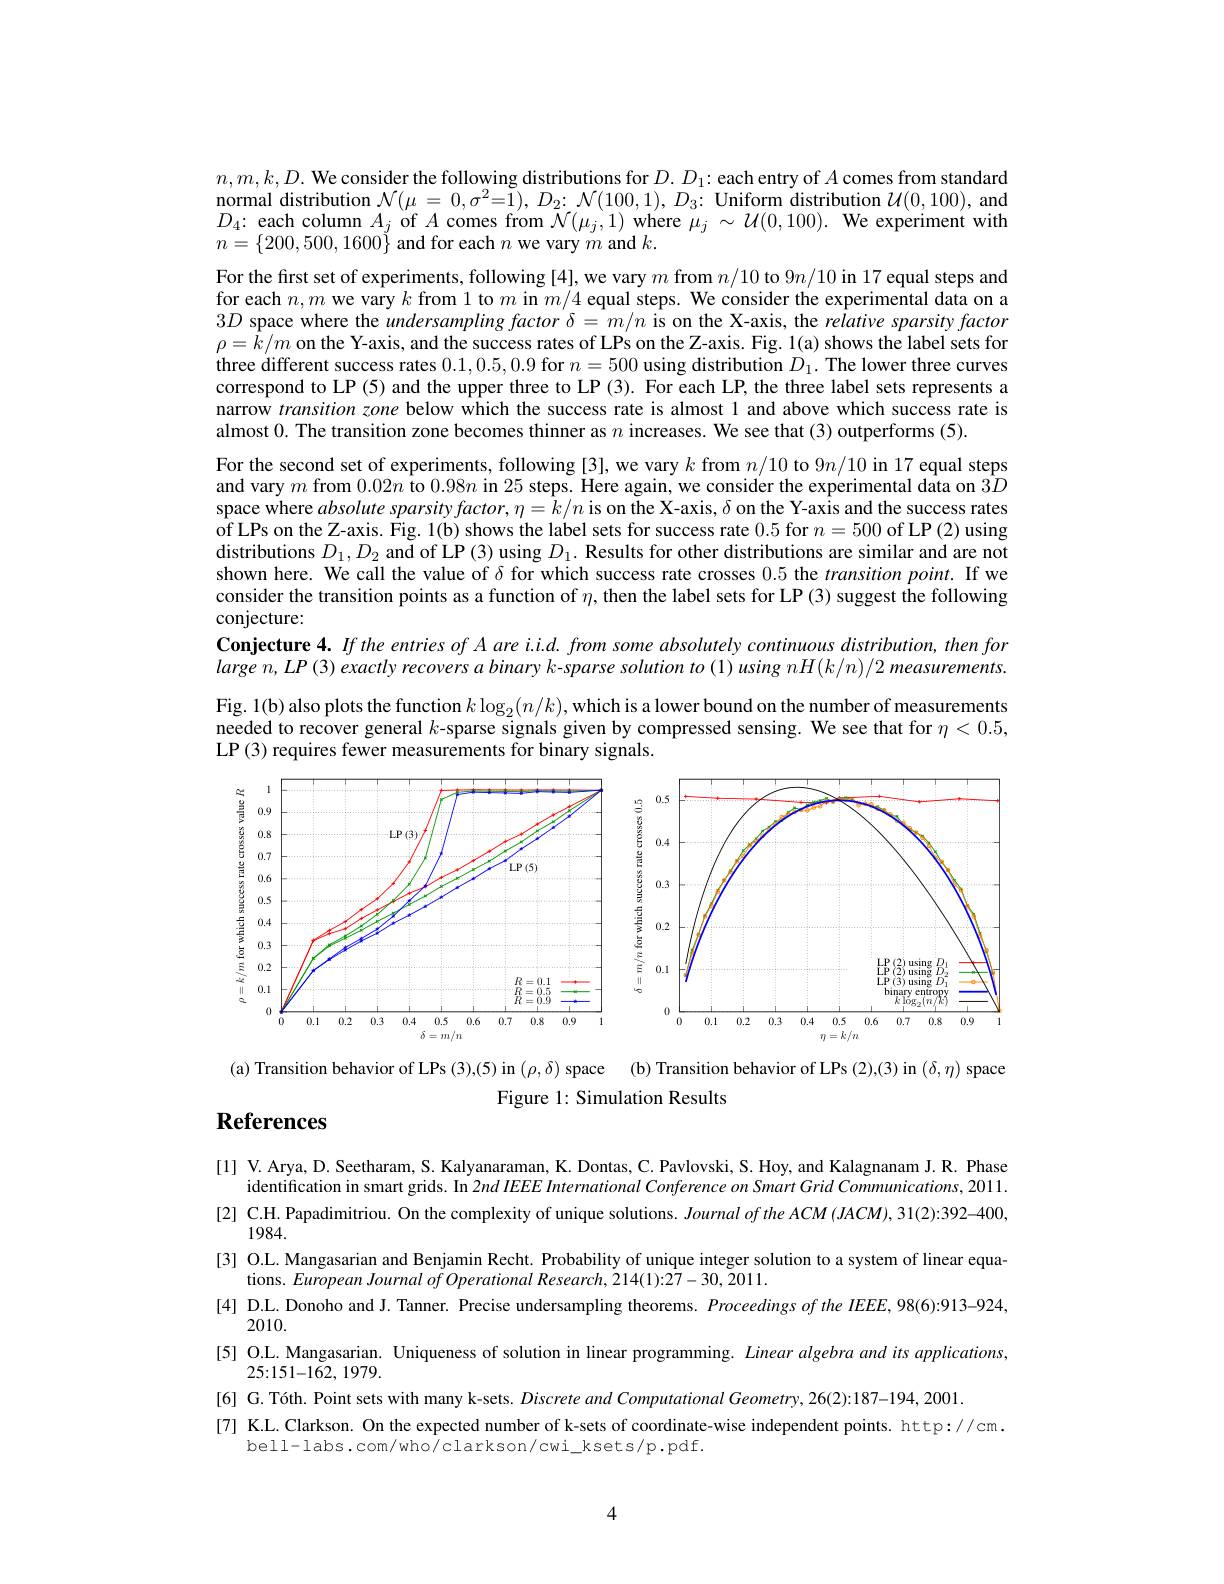
$n,m,k,D.$ We consider the following distributions for $D.D_1:$ each entry of $A$ comes from standard $\begin{array}{c}{\mathrm{normal~distribution~}\mathcal{N}(\mu=0,\sigma^{2}{=}\tilde{1}),\:D_{2}{:}\:\mathcal{N}(100,1),\:D_{3}{:}\:\text{Uniform }\dot{\text{distribution }}\mathcal{U}(0,100),\:\mathrm{and}}\\{\mathrm{normal~distribution~}\mathcal{N}(\mu=0,\sigma^{2}{=}\tilde{1}),\:D_{2}{:}\:\mathcal{N}(100,1),\:D_{3}{:}\:\text{Uniform }\dot{\text{dist}}{\mathrm{ribution~}\mathcal{U}}(0,100),\:}\end{array}$ $D_{4}{:\text{ each column }A_{j}}$ of $A\textbf{comes from }\bar{\mathcal{N} } ( \mu _{j}, 1)$ where $\mu_{j}\sim\mathcal{U}(0,100).$ We experiment with $n=\{200,500,1600\}$ and for each $n$ we vary $m$ and $k.$
For the first set of experiments, following [4], we vary $m$ from $n/10$ to $9n/10$ in 17 equal steps and for each $n,m$ we vary $k$ from 1 to $m$ in $m/4$ equal steps. We consider the experimental data on a $3D$ space where the $undersamplingfactor^{\prime}\delta=m/\hat{n}$ is on the X-axis, the relative sparsity factor $\rho=\bar{k}/m$ on the Y-axis, and the success rates of LPs on the Z-axis. Fig. l(a) shows the label sets for three different success rates 0.1,0.5,0.9 for $n=500$ using distribution $D_1.$ The lower three curves correspond to LP (5) and the upper three to LP (3). For each LP, the three label sets represents a narrow transition zone below which the success rate is almost 1 and above which success rate is almost 0. The transition zone becomes thinner as $n$ increases. We see that (3) outperforms (5).
For the second set of experiments, following [3], we vary $k$ from $n/10$ to $9n/10$ in 17 equal steps and vary $m$ from $0.02n$ to $0.98n$ in 25 steps. Here again, we consider the experimental data on $3D$ space where absolute sparsity factor, $\eta=\bar{k}/n$ is on the X-axis, $\delta$ on the Y-axis and the success rates $\begin{aligned}\text{of LPs on the Z-axis. Fig. 1(b) shows the label sets for success rate 0.5 for }n=500\mathrm{~of~LP~(2)~using}\end{aligned}$ distributions $D_1,D_2$ and of LP (3) using $D_1. \textbf{ Results for other distributions are similar and are not}$ shown here. We call the value of $\delta$ for which success rate crosses 0.5 the $transitionpoint.$ If we consider the transition points as a function of $\eta$, then the label sets for LP (3) suggest the following conjecture:
Conjecture 4. If the entries of A are i.i.d. from some absolutely continuous distribution, then for $largen, LP( 3) \textit{ exactly recovers a binary k- sparse solution to ( 1) using nH( k/ n) / 2 measurements. }$ Fig. 1( b) also plots the function $k\log _{2}( n/ k) $,which is a lower bound on the number of measurements needed to recover general $k$-sparse signals given by compressed sensing. We see that for $\eta<0.5$, LP (3) requires fewer measurements for binary signals.

<FigureHere>

(a) Transition behavior of LPs (3),(5) in $(\rho,\delta)$ space (b) Transition behavior of LPs (2),(3) in (δ,η) space
Figure 1: Simulation Results
References

[1] V. Arya, D. Seetharam, S. Kalyanaraman, K. Dontas, C. Pavlovski, S. Hoy, and Kalagnanam J.R. Phase
identification in smart grids. In $2nd\textit{IEEE International Conference on Smart Grid Communications, 2011. }$ [2] C.H. Papadimitriou. On the complexity of unique solutions. Journal of the ACM (JACM), 31(2):392-400,
1984.
[3] O.L. Mangasarian and Benjamin Recht. Probability of unique integer solution to a system of linear equa-
tions. European Journal of Operational Research, 214(1): 27- 30, 201 1.
[4] D.L. Donoho and J.Tanner. Precise undersampling theorems. Proceedings of the IEEE,98(6):913-924,
2010.
[5] O.L. Mangasarian. Uniqueness of solution in linear programming. Linear algebra and its applications,
25{:}151-162,1979.
[6] G. Tóth. Point sets with many k-sets. Discrete and Computational Geometry, 26(2):187-194, 2001.
[7] K.L. Clarkson. On the expected number of k-sets of coordinate-wise independent points. http://cm.
bell-labs.com/who/clarkson/cwi_ksets/p.pdf.

4